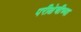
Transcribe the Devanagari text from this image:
परीक्षेचीच्या